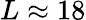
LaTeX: L\approx 18